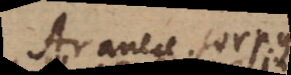
Araneae corpus